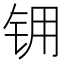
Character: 𮸂